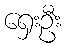
ရှေးဦး